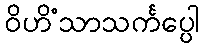
ဝိဟိံသာသင်္ကပ္ပေါ